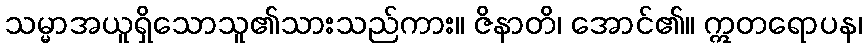
သမ္မာအယူရှိသောသူ၏သားသည်ကား။ ဇိနာတိ၊ အောင်၏။ ဣတရောပန၊